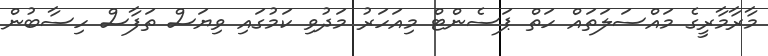
މާރާމާރީގެ މައްސަލަތައް ހަތް ޕަސެންޓް މިއަހަރު މަދުވި ކަމުގައި ވިޔަސް ތަފާސް ހިސާބުން